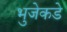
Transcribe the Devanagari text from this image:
भुजेकडे